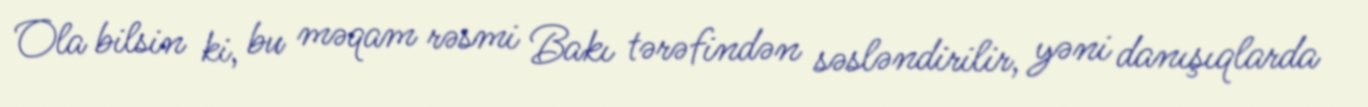
Ola bilsin ki, bu məqam rəsmi Bakı tərəfindən səsləndirilir, yəni danışıqlarda